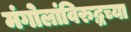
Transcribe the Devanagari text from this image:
मंगोलांविरुद्धच्या